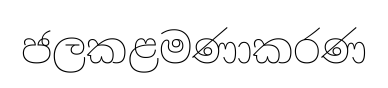
ජලකළමණාකරණ